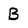
Character: B